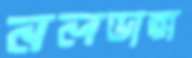
নলডাঙ্গা